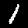
Label: 1